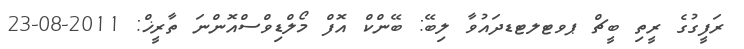
ރަފީގުގެ ރީތި ބީޗް ޕވޓލޓޑދައުވާ ލިބޭ: ބޭންކް އޮފް މޯލްޑިވްސްއޮންނަ ތާރީޚް: 2011-08-23